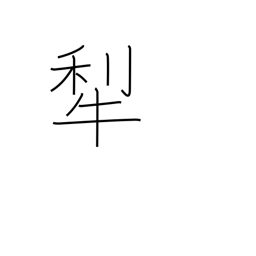
Meaning: plow